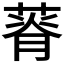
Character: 𦵾